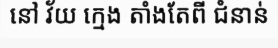
នៅ វ័យ ក្មេង តាំងតែពី ជំនាន់